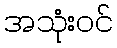
အသုံးဝင်